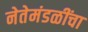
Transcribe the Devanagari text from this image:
नेतेमंडळींचा